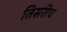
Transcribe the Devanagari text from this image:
तिसरीच